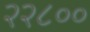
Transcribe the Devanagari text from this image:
२२८००